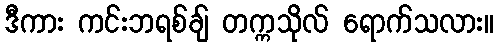
ဒီကား ကင်းဘရစ်ချ် တက္ကသိုလ် ရောက်သလား။